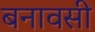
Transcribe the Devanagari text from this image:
बनावसी